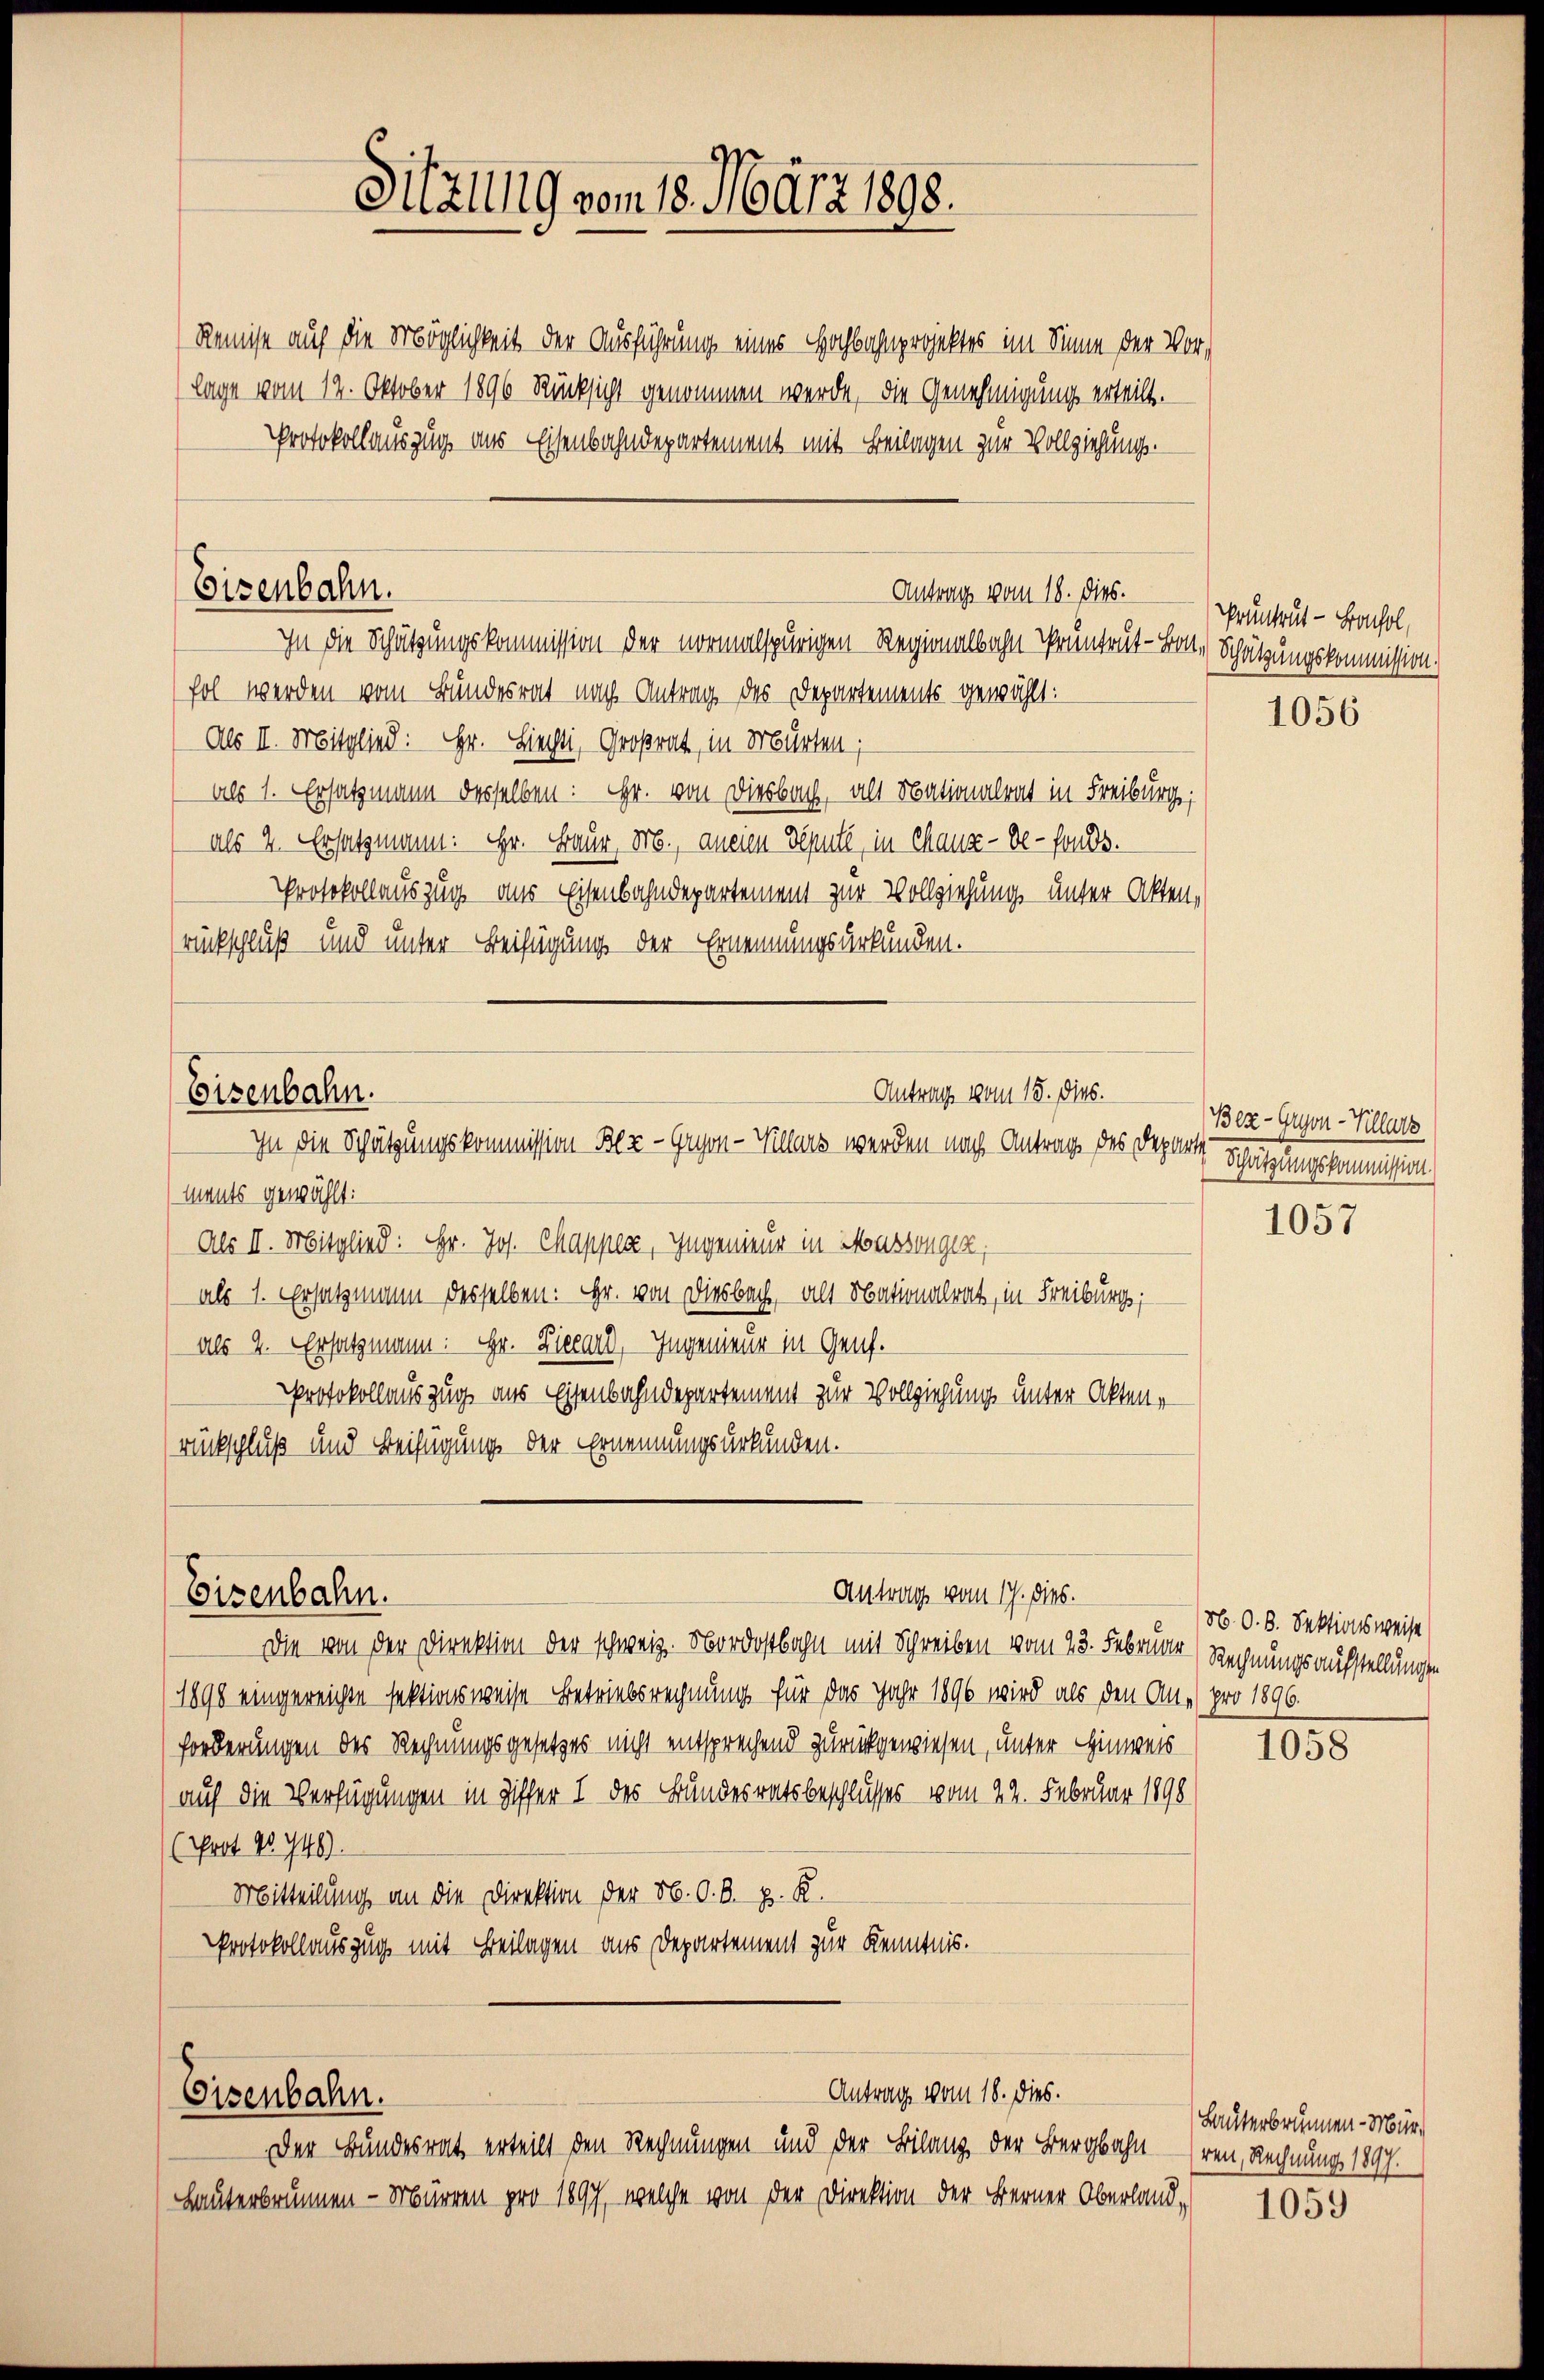
Eisenbahn.

Remise auf die Möglichkeit der Ausführung einer Hochbahnprojektes im Sinne der Vor¬
(lage vom 12. Oktober 1896 Rücksicht genommen werde, die Genehmigung erteilt.
Protokollauszug aus Eisenbahndepartement mit Beilagen zur Vollziehungs-
Antrag vom 18. dies.
In die Schätzungskommission der vormalspurigen Regionalbahn Prüntent - Bau, Schätzungskommission.
fol werden vom Bundesrat nach Antrag des Departements gewählt:
Als II. Mitglied: Hr. Liechli, Großrat, in Murten,
als 1. Ersatzmann desselben : Hr. von Diesbach, als Nationalrat in Freiburg,
als 2. Ersatzmann: Hr. Baur, M., aneien Depute, in Maux-de-Fonds.
Protokollauszug aus Eisenbahndepartement zur Vollziehung unter Akten,
rückschluß und unter Beifügung der Ernennungsurkunden.

Antrag vom 15. Dies
Eisenbahn.
In die Schätzungskommission Bez-Gryon-Kears werden nach Antrag des Departi

Eisenbahn.

s
Eisenbahn.

Sitzung vom 18. März 1898.

ments gewählt:
Als II. Mitglied: Hr. Jos. Chapper, Ingenieur in Massengen,
als 1. Ersatzmann desselben: Hr. von Diesbach, als Nationalrat, in Freiburg,
als 2. Ersatzmann: Hr. Ziecare, Ingenieur in Genf.
Protokollauszug aus Eisenbahndepartement zur Vollziehung unter Akten,
rückschluß und Beifügung der Ernennungsurkunden.

Antrag vom 17. dies.

Der Bundesrat erteilt den Rechnungen und der Bilanz der Bergbahn ren, Rechnung 1897.
Hauterbrunnen - Mürren pro 1897, welche von der Direktion der Berner Oberland,

Antrag vom 18. dies.

Die von der Direktion der schweiz. Nordostbahn mit Schreiben vom 23. Februar) Rechnungsaufstellungen
1898 eingereichte sektionsweise Betriebsrechnung für das Jahr 1896 wird als den Au pro 1896.
forderungen des Rechnungsgesetzes nicht entsprechend zurückgewiesen, unter Hinweis
auf die Verfügungen in Ziffer I des Bundesratsbeschlusses vom 22. Februar 1898
(Prot. 95. 749.
Mitteilung an die Direktion der N. O. S. z. R.
Protokollauszug mit Beilagen aus Departement zur Kenntnis.

Pruntrut - Bachol,

1056

Bez-Guyon-Kllatz
Schätzung kommission

1057

N. O. B. Sektionsweise

1058

Lanterbrunnen-Mür,
1059